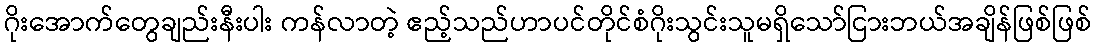
ဂိုးအောက်တွေချည်းနီးပါး ကန်လာတဲ့ ဧည့်သည်ဟာပင်တိုင်စံဂိုးသွင်းသူမရှိသော်ငြားဘယ်အချိန်ဖြစ်ဖြစ်